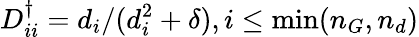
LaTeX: D_{ii}^{\dagger}=d_{i}/(d_{i}^{2}+\delta),i\le\operatorname*{min}(n_{G},n_{d})